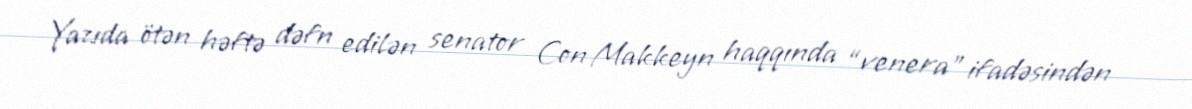
Yazıda ötən həftə dəfn edilən senator Con Makkeyn haqqında “venera” ifadəsindən